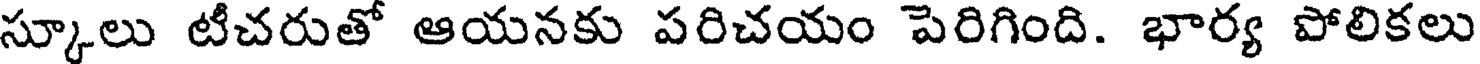
స్కూలు టీచరుతో ఆయనకు పరిచయం పెరిగింది. భార్య పోలికలు